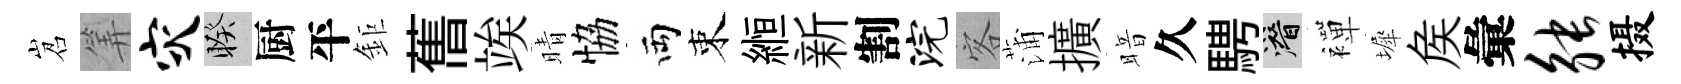
岧筭灾睽厨平鉅𦾔竢晴恊両束縆新割浣客蒲擴暗久騁潜襌墀矦彙觖摄